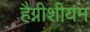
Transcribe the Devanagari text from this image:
हैग्नीशीयम